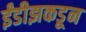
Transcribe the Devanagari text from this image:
ईंडीझकडून